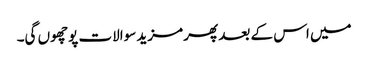
میں اس کے بعد پھر مزید سوالات پوچھوں گی۔